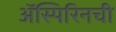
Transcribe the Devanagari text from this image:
ॲस्पिरिनची